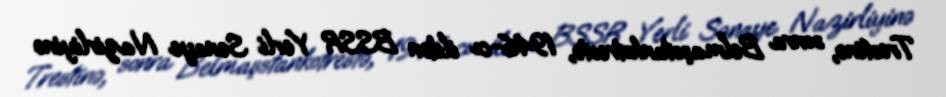
Trestinə, sonra Belmaşstankotrestə, 1946-cı ildən BSSR Yerli Sənaye Nazirliyinə